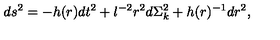
d s ^ { 2 } = - h ( r ) d t ^ { 2 } + l ^ { - 2 } r ^ { 2 } d \Sigma _ { k } ^ { 2 } + h ( r ) ^ { - 1 } d r ^ { 2 } ,